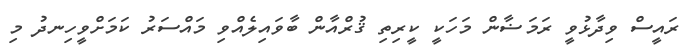
ރައީސް ވިދާޅުވީ ރަމަޟާން މަހަކީ ކީރިތި ޤުރްއާން ބާވައިލެއްވި މައްސަރު ކަމަށްވީހިނދު މި